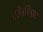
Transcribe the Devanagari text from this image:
टोळीवाद